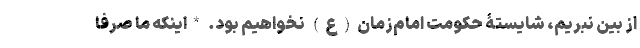
از بین نبریم، شایستۀ حکومت امام‌زمان(ع) نخواهیم بود. *اینکه ما صرفاً